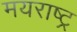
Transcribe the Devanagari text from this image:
मयराष्ट्र